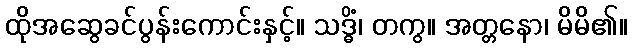
ထိုအဆွေခင်ပွန်းကောင်းနှင့်။ သဒ္ဓိံ၊ တကွ။ အတ္တနော၊ မိမိ၏။